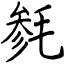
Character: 毵